Lunatic asylums Madras 1892-1911 - 1892-1911
Year: 1892
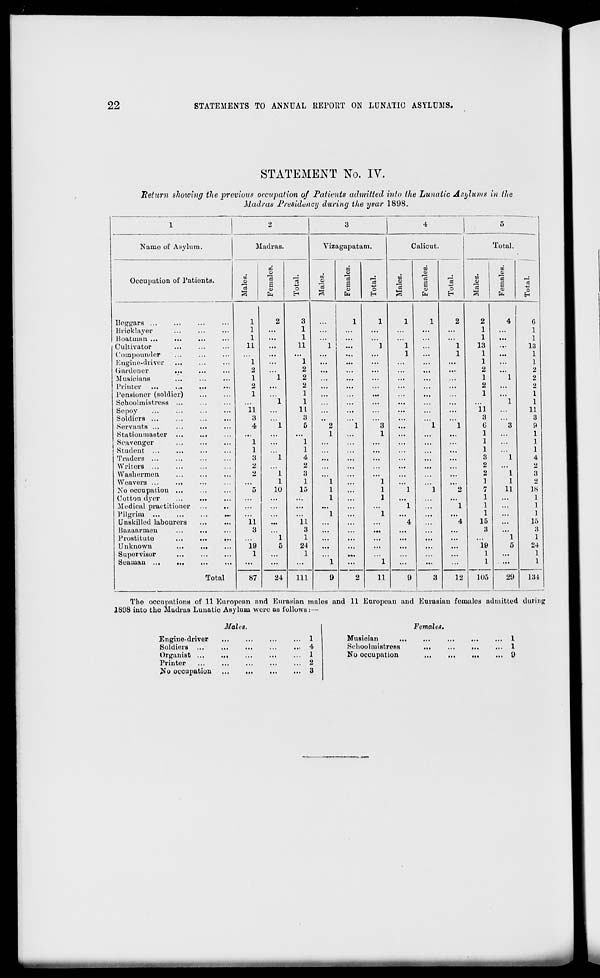
22
STATEMENTS TO ANNUAL EEPOET ON LUNATIC ASYLUMS.
STATEMENT No. IV.
Bet urn showing the previous occupation of Patients admitted into the Lunatic Asylums in the
Madras Presidency during the year 1898.
1
2
3
4
5
Name of Asylum.
Madras.
Yizagapata m.
Calicut.
Total.
Occupation of Patients.
to
o
3
CO
o
S
<o
ft
15
o
to
CD
13
i—i
CO
03
a
ft
j8
o
EH
CO
01
13
CO
o
a
0)
ft
o
to
CD
to
0)
a
CO
ft
o
EH
Beggars ...
1
2
3
1
1
1
1
2
2
4
6
Bricklayer
l
...
1
...
1
...
...
...
...
1
...
1
Boatman ...
l
...
1
... |
1
...
1
Cultivator
li
...
11
1 ' ...
1
1
1
13
...
13
Coinpounder
...
...
...
...
...
1
...
1
1
...
1
Engine-driver
l
...
1
...
...
...
...
1
1
Gardener
...
2
2
...
2
2
Musicians
1
1
2
1
1
2
Printer ...
...
...
2
...
2
2
2
Pensioner (soldier)
1
1
...
1
1
Schoolmistress ...
...
...
1
1
...
1
1
Sepoy
11
1L
...
...
11
11
Soldiers ...
a
3
3
3
Servants ...
4
1
5
2
1
3
1
1
6
3
9
Stationmaster ...
...
...
1
1
1
1
Scavenger
1
1
1
1
Student
1
1
1
]
Traders ...
8
1
4
3
1
4
Writers ...
2
2
2
2
Washermen
2
1
3
2
1
3
Weavers ...
1
1
1
1
1
1
2
Xo occupation ...
5
10
15
1
1
1
1
2
7
11
18
Cotton dyer
...
...
...
1
1
1
1
Medical practitioner
...
1
1
1
1
Pilgrim ...
...
...
...
1
1
1
1
Unskilled labourers
11
...
11
4
4
15
15
Bazaarmen
...
...
3
3
...
3
8
Prostitute
...
...
...
1
1
1
1
Unknown
19
5
24
...
19
5
24
Supervisor
1
1
•*•
1
...
1
Seaman
Total
...
...
...
1
2
1
...
...
1
...
1
134
87
24
Ill
0
11
9
3
12
105
29
The occupations of 11 European and Eurasian males and 11 European and Eurasian females admitted during
1898 into the Madras Lunatic Asylum were as follows:—
Males.
Engine-driver
Soldiers
Organist ...
Printer
No occupation
1
4
1
2
3
Females.
Musician
Schoolmistress
No occupation
1
1
9